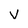
Character: v